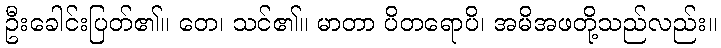
ဦးခေါင်းပြတ်၏။ တေ၊ သင်၏။ မာတာ ပိတရောပိ၊ အမိအဖတို့သည်လည်း။